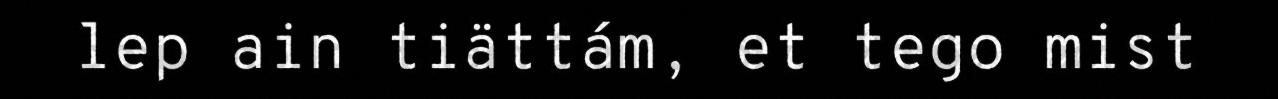
lep ain tiättám, et tego mist